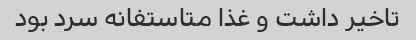
تاخیر داشت و غذا متاستفانه سرد بود